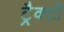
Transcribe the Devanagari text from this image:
ट्रैक्टों